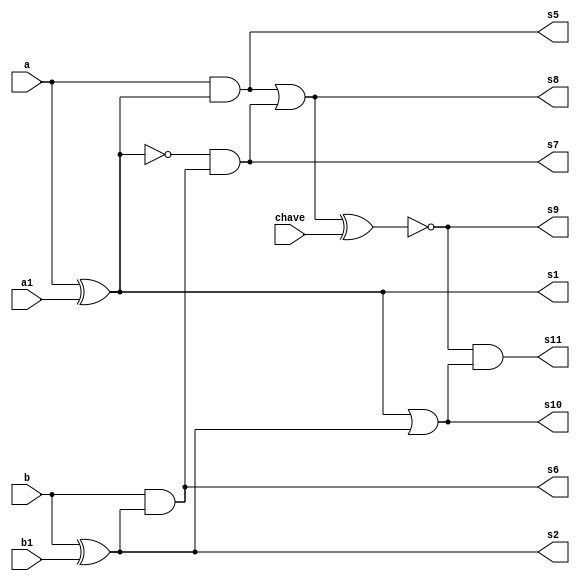

 // ------------------------- 
// Exemplo0037 - F4 
// Nome: Lucas Siqueira Chagas 
// ------------------------- 
// ------------------------- 
// f4_gate 
// ------------------------- 
module f4 (
output s1,
output s2,  
output s5,
output s6,  
output s7,
output s8,  
output s9,
output s10,  
output s11,
input a, 
input b,

input a1, 
input b1,
input chave
); 

xor XOR1 (s1, a, a1);
xor XOR2 (s2, b, b1);

and and1 (s5, a, s1);
and and2 (s6, b, s2);

and and3(s7, ~s1,s6);

or or1(s8, s5,s7);
or or2(s10, s1,s2);

xnor XOR3 (s9, s8, chave);

and and4(s11, s9, s10);


endmodule // f4 
module test_f4; 
// ------------------------- definir dados 
reg v; 
reg w; 
reg v1; 
reg w1; 
reg c; 
wire z1;
wire z2;
wire z3;
wire z4;
wire z5;
wire z6;
wire z7;
wire z8;
wire z9;
f4 modulo (z1,z2,z3,z4,z5,z6,z7,z8,z9,v,w,v1,w1,c); 
// ------------------------- parte principal 
initial begin 
$display("Exemplo0037 - Lucas Siqueira Chagas - 380783"); 
$display("Test LU's module"); 
$display("( v | w | x | y | v1 | w1 | x1 | y1 | | Chave )     =    S "); 

end 
endmodule // test_f4